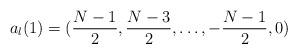
LaTeX: \begin{align*}a_l(1) = ({N -1 \over 2},{N - 3 \over 2}, \dots, -{N-1 \over 2}, 0)\end{align*}